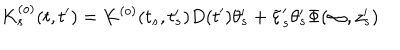
K _ { s } ^ { ( o ) } ( t , t ^ { \prime } ) = K ^ { ( o ) } ( t _ { s } , t _ { s } ^ { \prime } ) D ( t ^ { \prime } ) \theta _ { s } ^ { \prime } + \tilde { \varepsilon } _ { s } ^ { \prime } \theta _ { s } ^ { \prime } \Phi ( \infty , z _ { s } ^ { \prime } )